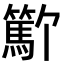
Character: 𬕳